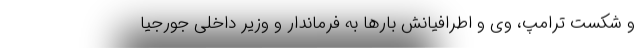
و شکست ترامپ، وی و اطرافیانش بارها به فرماندار و وزیر داخلی جورجیا